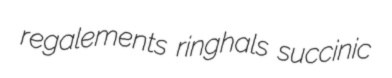
regalements ringhals succinic